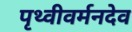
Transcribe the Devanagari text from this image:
पृथ्वीवर्मनदेव